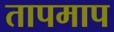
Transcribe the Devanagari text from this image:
तापमाप